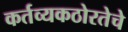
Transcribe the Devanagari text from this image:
कर्तव्यकठोरतेचे